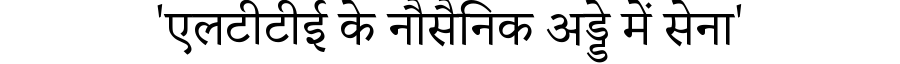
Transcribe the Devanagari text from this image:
'एलटीटीई के नौसैनिक अड्डे में सेना'